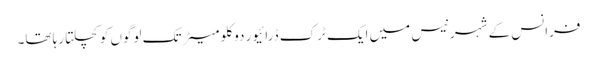
فرانس کے شہر نیس میں ایک ٹرک ڈرائیور دو کلو میٹر تک لوگوں کو کچلتا رہا تھا۔